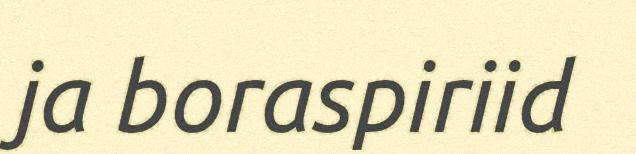
ja boraspiriid